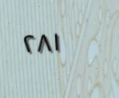
٢٨١